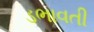
ડભાવતી